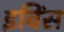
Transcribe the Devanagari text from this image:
इविंस